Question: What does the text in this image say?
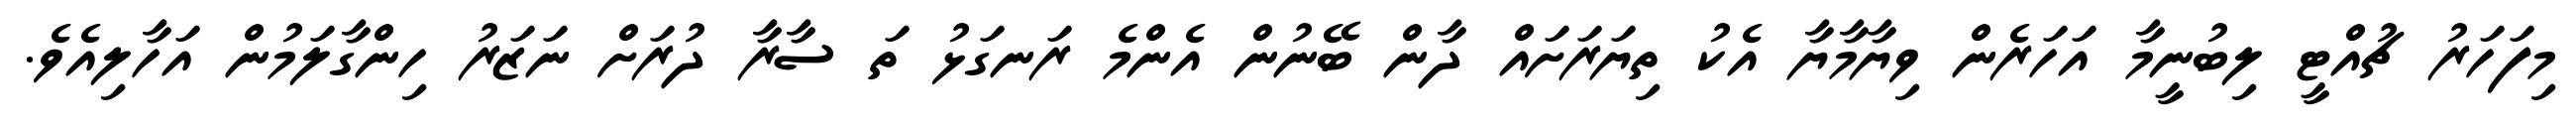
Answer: މިފަހަރު ޗުއްޓީ ލިބުނީމާ އަހަރެން ވިޔާމާޔާ އެކު ތިޔަރަށައް ދާން ބޭނުން އެންމެ ރަނގަޅު ތަ ސާރާ ދުރަށް ނަޒަރު ހިންގާލަމުން އަހާލިއެވެ.